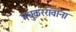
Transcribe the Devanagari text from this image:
मधुकररावांना